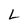
Character: L